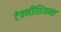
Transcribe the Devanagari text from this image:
टेक्नीशियन्स